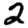
Digit: 2